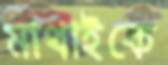
মাথাইকে